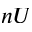
n U